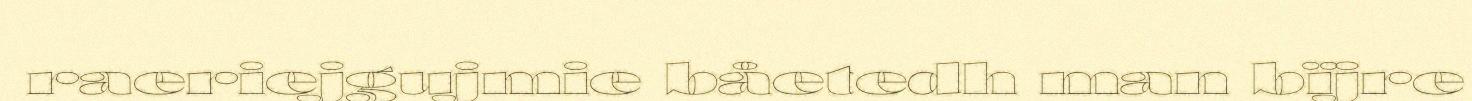
raeriejgujmie båetedh man bïjre